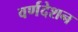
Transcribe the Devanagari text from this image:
वर्णदेशन